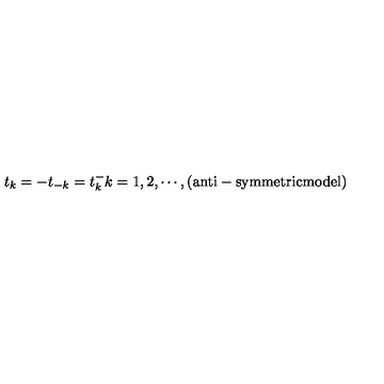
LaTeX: t _ { k } = - t _ { - k } = t _ { k } ^ { - } k = 1 , 2 , \cdots , ( \mathrm { a n t i - s y m m e t r i c m o d e l } )